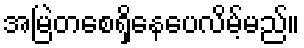
အမြဲတစေရှိနေပေလိမ့်မည်။